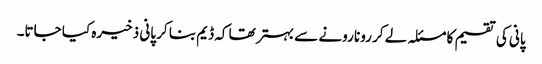
پانی کی تقسیم کا مسئلہ لے کر رونا رونے سے بہتر تھا کہ ڈیم بنا کر پانی ذخیرہ کیا جاتا۔